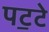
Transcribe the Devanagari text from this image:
पट॒टे